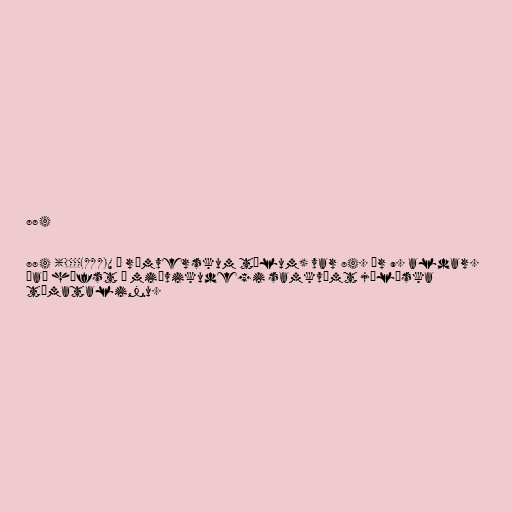
884

884 (DCCCLXXXIV í rómverskum tölum) var 84. ár 9. aldar.
Það hófst á miðvikudegi samkvæmt júlíska
tímatalinu.